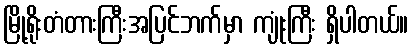
မြို့ရိုးတံတားကြီးအပြင်ဘက်မှာ ကျုံးကြီး ရှိပါတယ်။